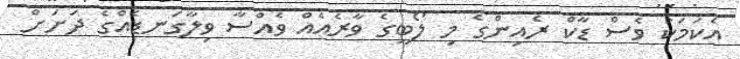
އެކަމަކު ވެސް ޑާކް ރެއިންގެ މި ލޯބީގެ ވާރެއެއް ވެއްސާ ވިލާގަނޑެއްގެ ދަށަށް